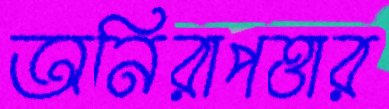
অনিরাপত্তার